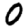
Digit: 0